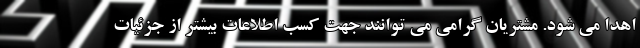
اهدا می شود. مشتریان گرامی می توانند جهت کسب اطلاعات بیشتر از جزئیات